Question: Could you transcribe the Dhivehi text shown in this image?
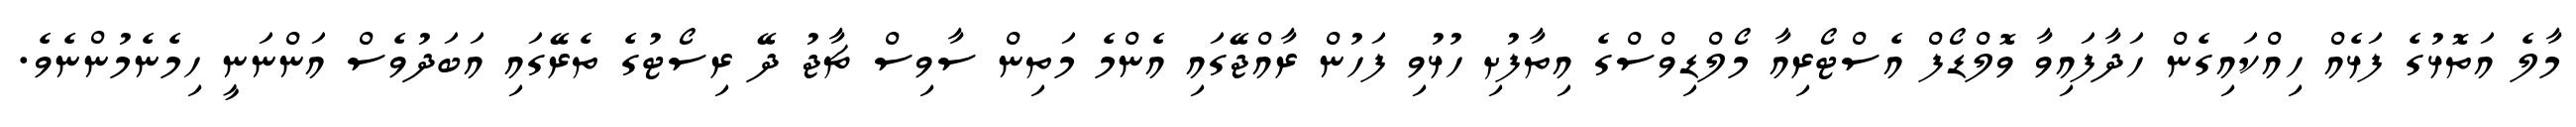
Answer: މާލެ އަތޮޅުގެ ފަޅެއް ހިއްކައިގެން ހަދާފައިވާ ވޮލްޑޯފް އެސްޓޯރިއާ މޯލްޑިވްސްގެ އިތާފުށި ހުޅުވި ފަހުން ރާއްޖޭގައި އެންމެ މަތިން ސާވިސް ޗާޖު ދޭ ރިސޯޓުގެ ތެރޭގައި އަބަދުވެސް އަންނަނީ ހިމެނެމުންނެވެ.